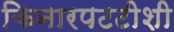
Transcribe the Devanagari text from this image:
किनारपटटीशी